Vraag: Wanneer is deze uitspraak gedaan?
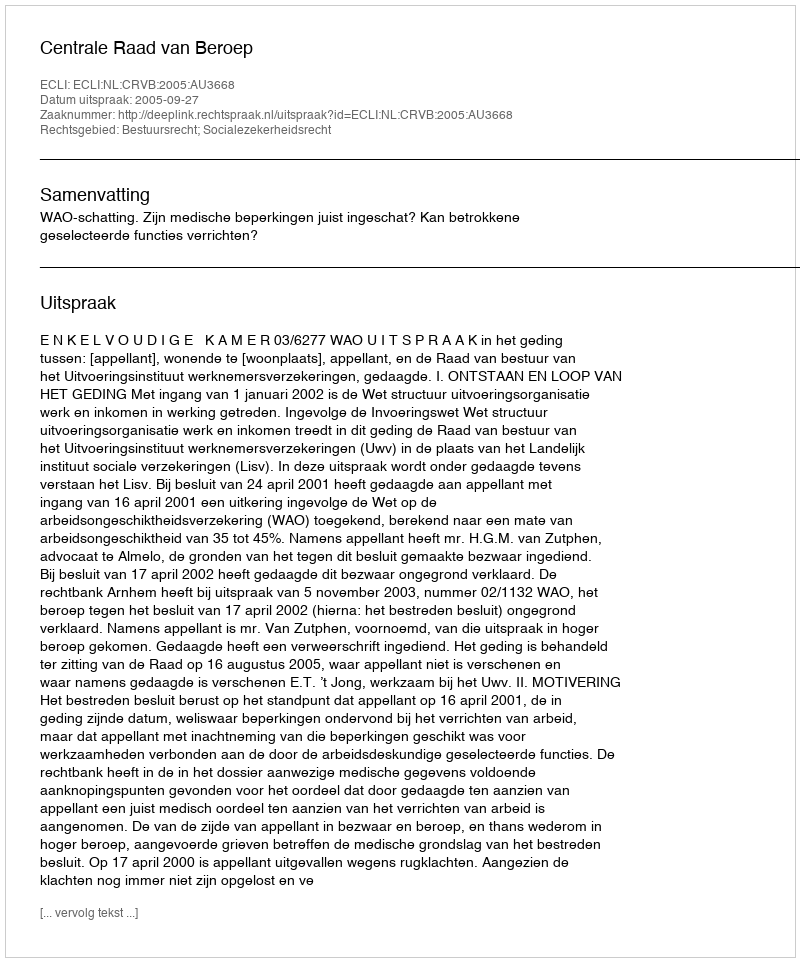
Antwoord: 2005-09-27